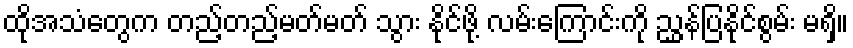
ထိုအသံတွေက တည့်တည့်မတ်မတ် သွား နိုင်ဖို့ လမ်းကြောင်းကို ညွှန်ပြနိုင်စွမ်း မရှိ။